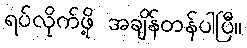
ရပ်လိုက်ဖို့ အချိန်တန်ပါပြီ။